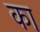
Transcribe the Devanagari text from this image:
का